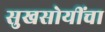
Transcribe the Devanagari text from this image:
सुखसोयींचा